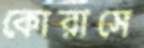
কোরাসে